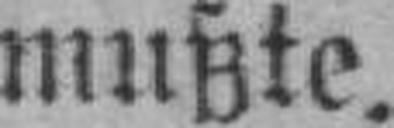
mußte.